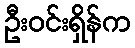
ဦးဝင်းရှိန်က